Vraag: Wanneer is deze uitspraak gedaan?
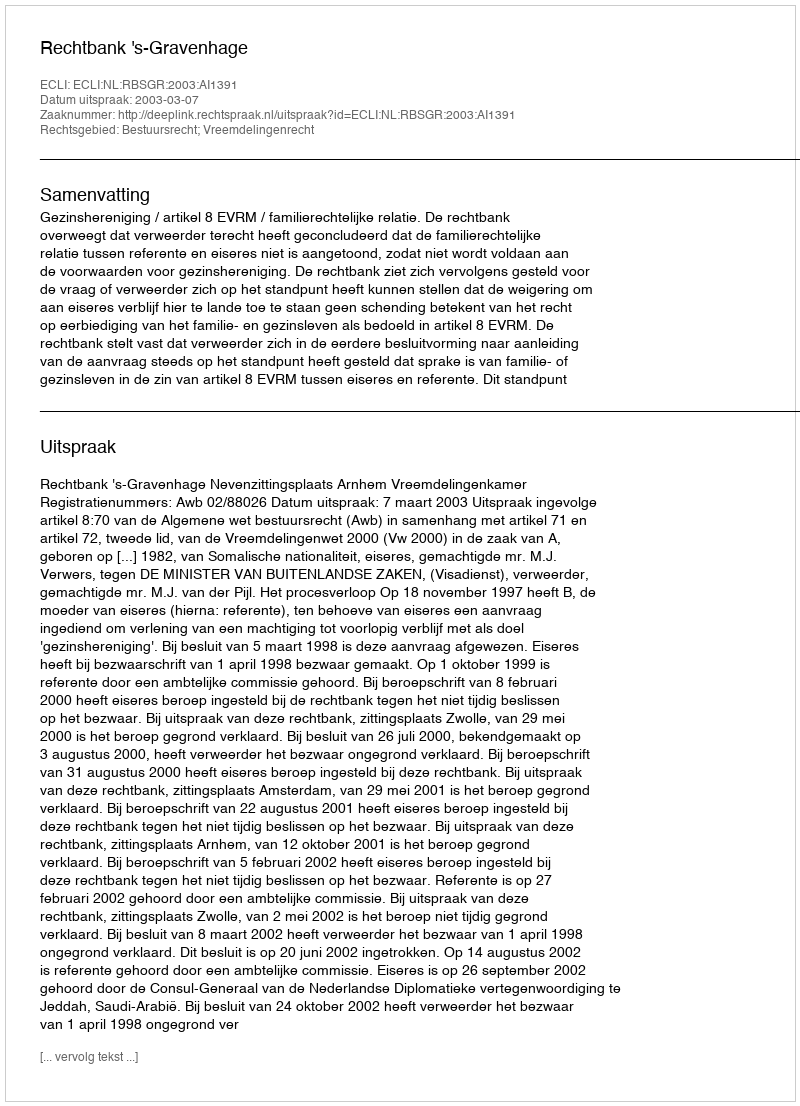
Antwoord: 2003-03-07